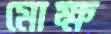
মোক্ষ